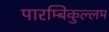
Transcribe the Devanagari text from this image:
पारम्बिकुल्लम